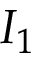
I _ { 1 }